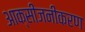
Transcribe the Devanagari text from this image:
आक्सीजनीकरण